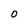
Character: 0